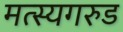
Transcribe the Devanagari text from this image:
मत्स्यगरुड